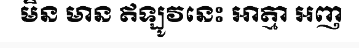
មិន មាន ឥឡូវនេះ អាត្មា អញ